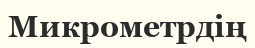
Микрометрдің